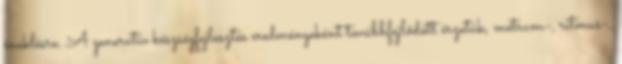
éneklésre. A generatív készségfejlesztés eredményeként továbbfejlődött érzetük, metrum-, ritmus-,